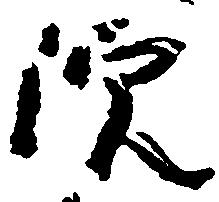
院